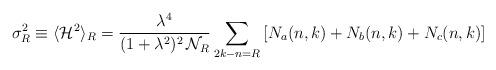
LaTeX: \begin{align*}\sigma^2_R\equiv \langle \mathcal{H}^2\rangle_R=\frac{\lambda^4}{(1+\lambda^2)^2\, \mathcal{N}_R}\sum_{2k-n=R} \left [ N_a(n,k)+N_b(n,k)+N_c(n,k) \right ]\end{align*}